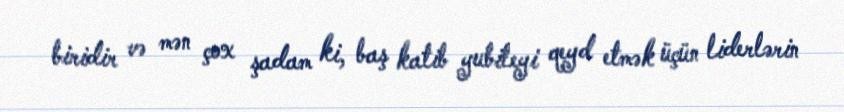
biridir və mən çox şadam ki, baş katib yubileyi qeyd etmək üçün liderlərin